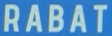
RABAT